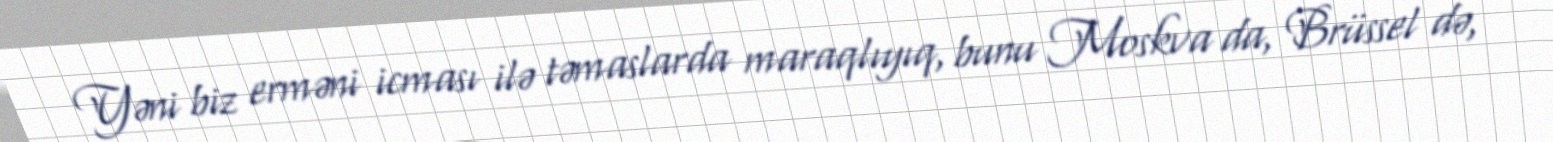
Yəni biz erməni icması ilə təmaslarda maraqlıyıq, bunu Moskva da, Brüssel də,